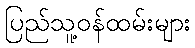
ပြည်သူ့ဝန်ထမ်းများ